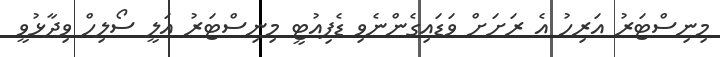
މިނިސްޓަރު އަރިހު އެ ރަށަށް ވަޑައިގެންނެވި ޑެޕިއުޓީ މިނިސްޓަރު އަލީ ސޯލިހް ވިދާޅުވީ